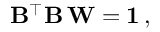
\mathbf { B } ^ { \intercal } \mathbf { B } \, \mathbf { W } = \mathbf { 1 } \, ,